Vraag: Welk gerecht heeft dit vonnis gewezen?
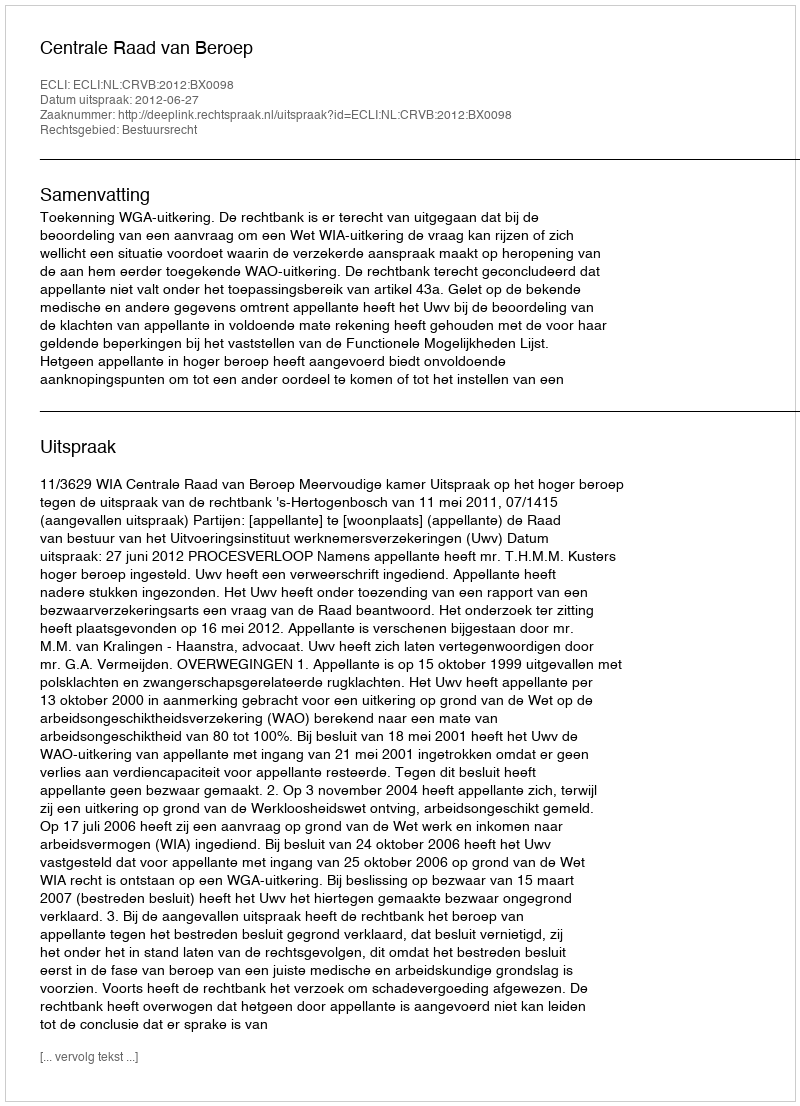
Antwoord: Centrale Raad van Beroep